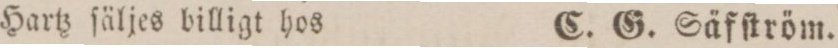
Hartz ſäljes billigt hos    C. G. Säfſtröm.